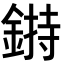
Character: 𨨲